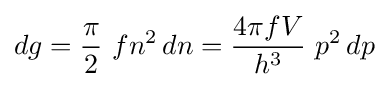
dg={\frac {\pi }{2}}~fn^{2}\,dn={\frac {4\pi fV}{h^{3}}}~p^{2}\,dp